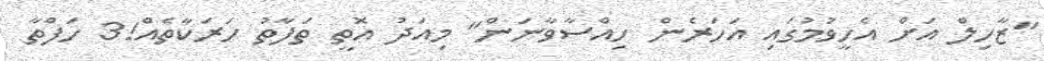
"ޒާހިލް އަށް އެހީވުމުގައި އަހަރެން ހިއްސާވާނަން" މިއަދު އޮތީ ތަފާތު ހަރަކާތެއް!3 ހަފްތާ